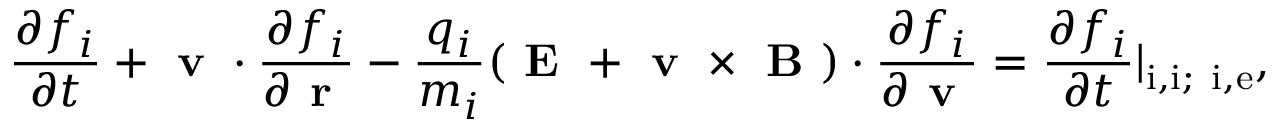
\frac { \partial f _ { i } } { \partial t } + \textbf { v } \cdot \frac { \partial f _ { i } } { \partial \textbf { r } } - \frac { q _ { i } } { m _ { i } } ( \textbf { E } + { \textbf { v } \times \textbf { B } } ) \cdot \frac { \partial f _ { i } } { \partial \textbf { v } } = \frac { \partial f _ { i } } { \partial t } | _ { \mathrm { i , i ; ~ i , e } } ,